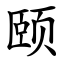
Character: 颐